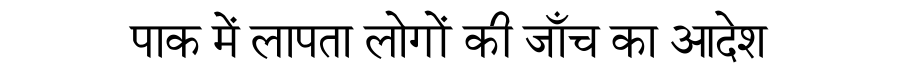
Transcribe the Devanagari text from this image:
पाक में लापता लोगों की जाँच का आदेश